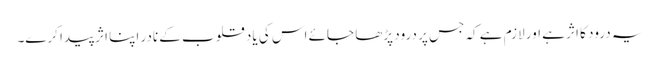
یہ درود کا اثر ہے اور لازم ہے کہ جس پر درود پڑھا جائے اس کی یاد قلوب کے نادر اپنا اثر پیدا کرے۔